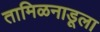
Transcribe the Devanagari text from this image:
तामिळनाडूला